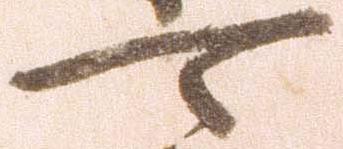
可